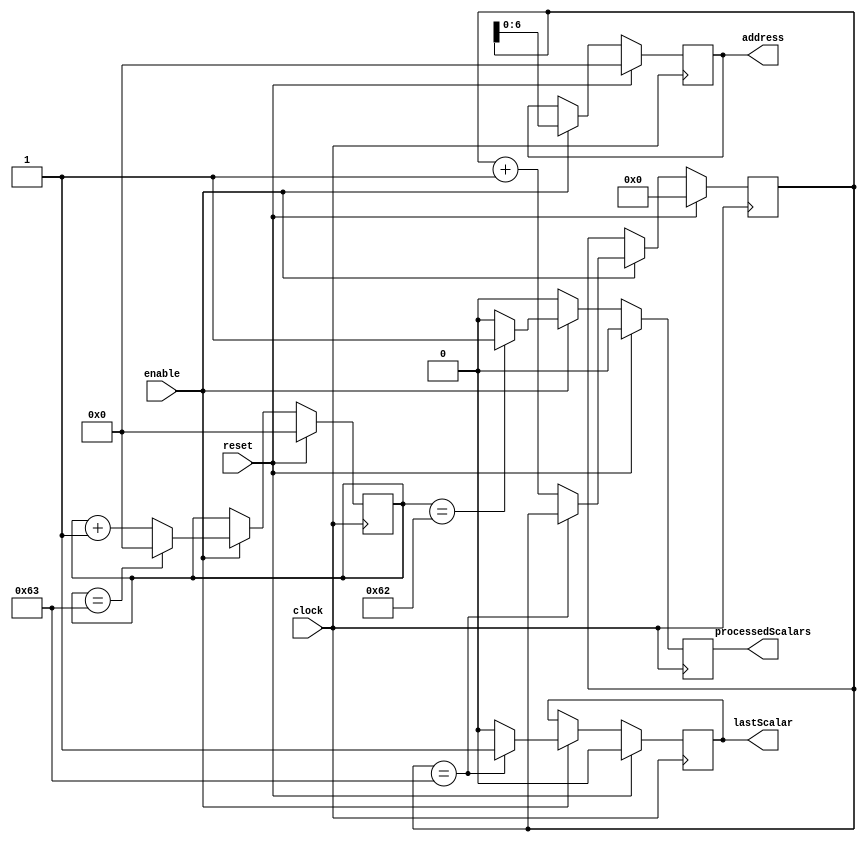
`timescale 1ns / 1ps
//////////////////////////////////////////////////////////////////////////////////
// Company: 
// Engineer: 
// 
// Design Name: 
// Module Name:    alphaUnit 
// Project Name: 
// Target Devices: 
// Tool versions: 
// Description: 
//
// Dependencies: 
//
// Revision: 
// Revision 0.01 - File Created
// Additional Comments: 
//
//////////////////////////////////////////////////////////////////////////////////
module alphaUnit(clock,reset,enable,processedScalars,lastScalar,address);
function integer log2;
  input integer value;
  begin
    value = value-1;
    for (log2=0; value>0; log2=log2+1)
      value = value>>1;
  end
endfunction



parameter maxColumn=100;
parameter alphaWidth=12;
parameter alphaMemDepth=100;
parameter alphaFile = "alpha.txt";


localparam max = maxColumn-1;
localparam alphaAddrWidth = log2(alphaMemDepth);

input enable;
input clock;
input reset;

reg [alphaAddrWidth:0] counter=0;
reg [alphaAddrWidth-1:0] colCounter=0;
output reg [alphaAddrWidth-1:0] address=0;

//output [alphaWidth-1:0] alpha;
output reg processedScalars; 
output reg lastScalar; 

always@(posedge clock)begin
	if(reset == 1)begin
		counter=0;
		address=0;
		processedScalars = 0;
		lastScalar = 0;
		colCounter = 0;
	end
	else begin
		if(enable == 1)begin
		
			address = counter;
			
			case(colCounter)
			
			max:begin
				colCounter = 0;
				processedScalars = 0;
			end
			
			(max-1):begin
				colCounter = colCounter + 1;
				processedScalars = 1;
			end
			
			default:begin
				colCounter = colCounter + 1;
				processedScalars = 0;
			end
			
			endcase

			if(counter == alphaMemDepth-1)begin
				lastScalar = 1;
				counter = counter;
			end
			else begin
				lastScalar = 0;
				counter = counter + 1;
			end

		end
		else begin
			processedScalars = 0;
			lastScalar = lastScalar;
			address = address;
			counter = counter;
			colCounter = colCounter;
		end
	end
	
end



endmodule